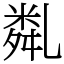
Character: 亃